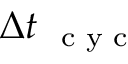
\Delta t _ { \mathrm { ~ \scriptsize ~ c ~ y ~ c ~ } }